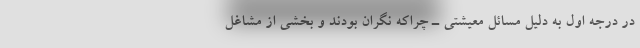
در درجه اول به دلیل مسائل معیشتی ـ چراکه نگران بودند و بخشی از مشاغل